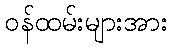
ဝန်ထမ်းများအား